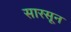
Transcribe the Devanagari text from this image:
सारसून